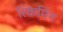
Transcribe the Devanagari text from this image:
स्किमिंग